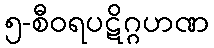
၅-စီဝရပဋိဂ္ဂဟဏ